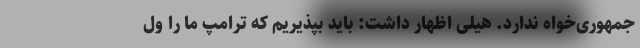
جمهوری‌خواه ندارد. هیلی اظهار داشت: باید بپذیریم که ترامپ ما را ول